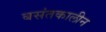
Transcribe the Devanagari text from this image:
बसंतकालीन